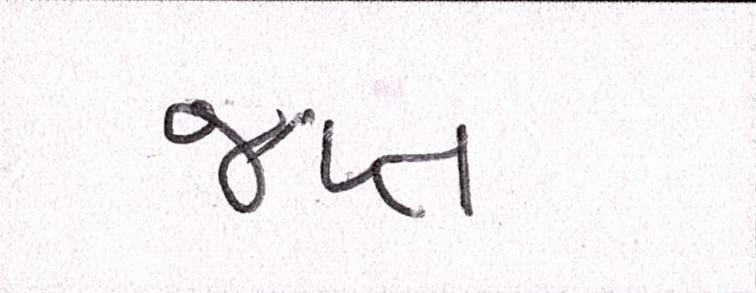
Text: જપ્ત